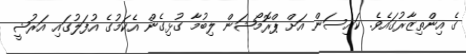
ގެ އިންތިޒާރުގައެވެ. ކައިސަން އަށް ޕްރޮމޯޝަން ލިބުމާ ގުޅިގެން އެކަމުގެ އުފަލުގައި އަރުޝީ